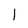
Character: l